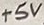
Text: +5V